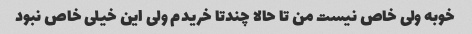
خوبه ولی خاص نیست من تا حالا چندتا خریدم ولی این خیلی خاص نبود